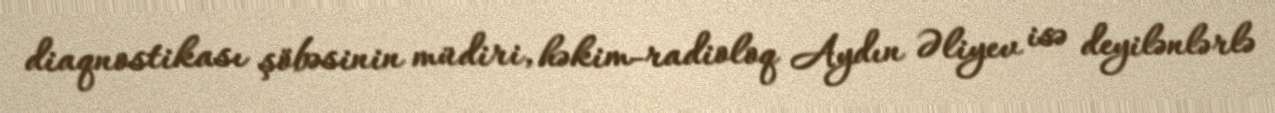
diaqnostikası şöbəsinin müdiri, həkim-radioloq Aydın Əliyev isə deyilənlərlə